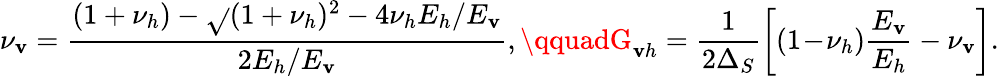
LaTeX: \nu_{\mathbf{v}}=\frac{{(1+\nu_{h})-\sqrt{}{{(1+\nu_{h})^{2}-4\nu_{h}E_{h}/E_{\mathbf{v}}}}}}{{2E_{h}/E_{\mathbf{v}}}},\qquadG_{\mathbf{v}h}=\frac{{1}}{{2\Delta_{S}}}\biggl[(1\! -\! \nu_{h})\frac{{E_{\mathbf{v}}}}{{E_{h}}}-\nu_{\mathbf{v}}\biggr].